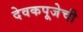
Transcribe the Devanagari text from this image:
देवकपूजेची